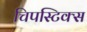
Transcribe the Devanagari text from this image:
चिपस्टिक्स